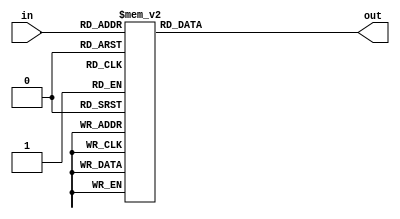
`timescale 1ns / 1ps
//////////////////////////////////////////////////////////////////////////////////
// Company: 
// Engineer: 
// 
// Design Name: 
// Module Name: ssd
// Project Name: 
// Target Devices: 
// Tool Versions: 
// Description: 
// 
// Dependencies: 
// 
// Revision:
// Revision 0.01 - File Created
// Additional Comments:
// 
//////////////////////////////////////////////////////////////////////////////////



module ssd(in,out);
input [3:0] in;
output [6:0] out;
reg [6:0] out;
always@(in) begin
              case(in)            
              4'b0000: out<=7'b0000001; 
              4'b0001: out<=7'b1001111;                            
              4'b0010: out<=7'b0010010;                               
              4'b0011: out<=7'b0000110;                               
              4'b0100: out<=7'b1001100;                               
              4'b0101: out<=7'b0100100;                                                        
              4'b0110: out<=7'b0100000;                              
              4'b0111: out<=7'b0001111;                               
              4'b1000: out<=7'b0000000;                              
              4'b1001: out<=7'b0000100;
              4'b1010: out<=7'b0001000;  
              4'b1011: out<=7'b1100000;  
              4'b1100: out<=7'b0110001;  
              4'b1101: out<=7'b1000010;  
              4'b1110: out<=7'b0110000;  
              4'b1111: out<=7'b0111000;                              
              
endcase
end
endmodule